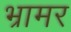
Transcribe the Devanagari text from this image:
भ्रामर